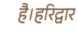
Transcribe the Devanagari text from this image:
है।हरिद्वार